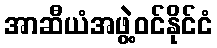
အာဆီယံအဖွဲ့ဝင်နိုင်ငံ